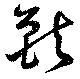
獸